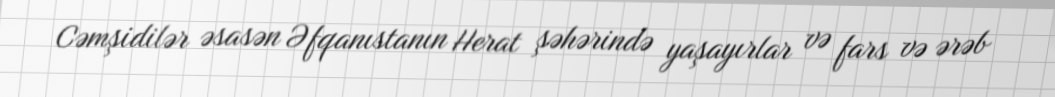
Cəmşidilər əsasən Əfqanıstanın Herat şəhərində yaşayırlar və fars və ərəb